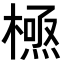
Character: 𭫸